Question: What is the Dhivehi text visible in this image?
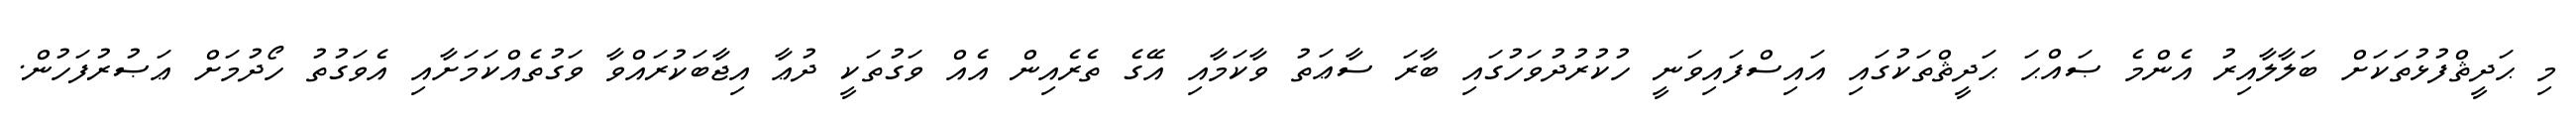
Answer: މި ޙަދީޘްފުޅުތަކަށް ބަލާލާއިރު އެންމެ ޞައްޙަ ޙަދީޘްތަކުގައި އައިސްފައިވަނީ ހުކުރުދުވަހުގައި ބާރަ ސާޢަތު ވާކަމާއި އޭގެ ތެރެއިން އެއް ވަގުތަކީ ދުޢާ އިޖާބަކުރައްވާ ވަގުތެއްކަމަށާއި އެވަގުތު ހޯދުމަށް ޢަޞުރުފަހުން.